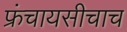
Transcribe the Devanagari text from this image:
फ्रंचायसीचाच